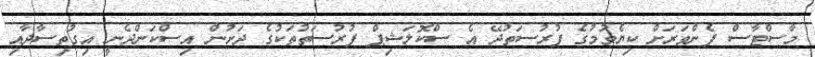
މާސްޓާސް ފެންވަރަށް ކިޔެވުމުގެ ފުރުސަތުދޭ އެ ސްކޮލަޝިޕް ފުރުސަތުތަކުގެ ދަށުން އިސްކަންދެނީ އިގުތިސާދާއި